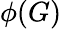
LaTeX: \phi(G)